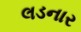
લડનાર